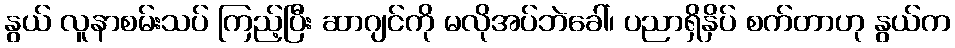
နွယ် လူနာစမ်းသပ် ကြည့်ပြီး ဆာဂျင်ကို မလိုအပ်ဘဲခေါ်၊ ပညာရှိနှိပ် စက်တာဟု နွယ်က